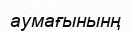
аумағынынң